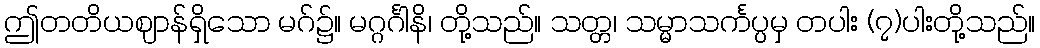
ဤတတိယဈာန်ရှိသော မဂ်၌။ မဂ္ဂင်္ဂါနိ၊ တို့သည်။ သတ္တ၊ သမ္မာသင်္ကပ္ပမှ တပါး (၇)ပါးတို့သည်။